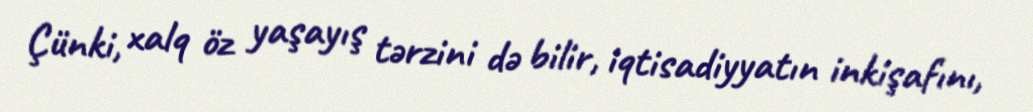
Çünki, xalq öz yaşayış tərzini də bilir, iqtisadiyyatın inkişafını,